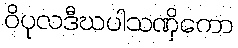
ဝိပုလဒီဃပါသဏှိကော